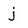
Character: j